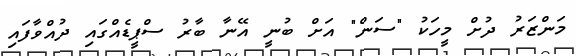
މަންޒަރު ދުށް މީހަކު "ސަން" އަށް ބުނީ އޭނާ ބާރު ސްޕީޑެއްގައި ދުއްވާފައި